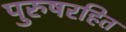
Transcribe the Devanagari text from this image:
पुरुषरहित